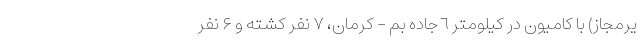
یرمجاز) با کامیون در کیلومتر ٦جاده بم - کرمان، ٧ نفر کشته و ۶ نفر